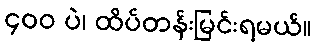
၄၀၀ ပဲ၊ ထိပ်တန်းမြင်းရမယ်။